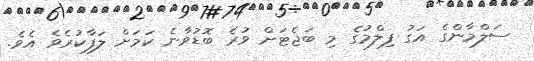
ސަލްމާންގެ އަގު ފިލްމުގެ މި ބަޖެޓަށް ވުރެ ބޮޑުވާނެ ކަމަށް ލަފާކުރެވެ އެވެ.